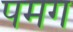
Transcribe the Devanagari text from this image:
पमग